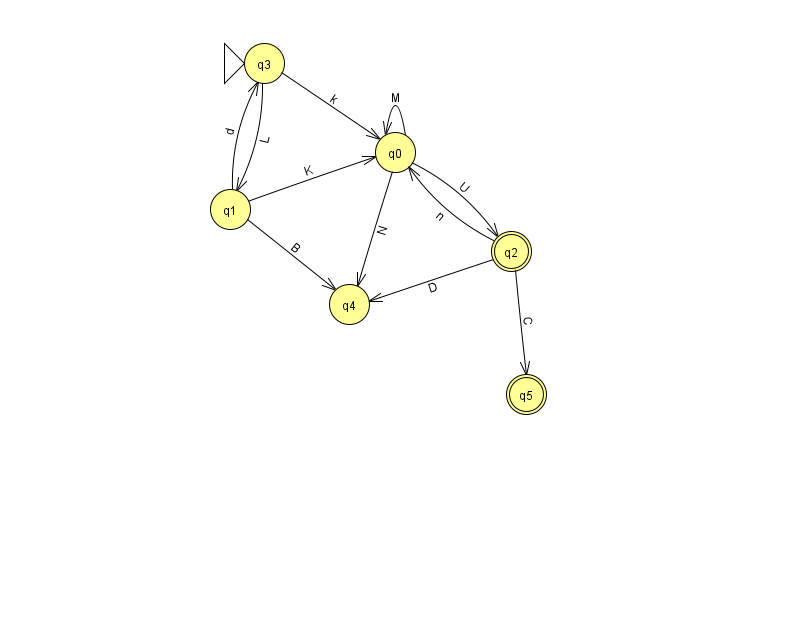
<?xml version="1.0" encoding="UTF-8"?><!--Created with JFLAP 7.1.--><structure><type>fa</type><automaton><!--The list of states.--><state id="0" name="q0"><x>395.0</x><y>139.0</y></state><state id="1" name="q1"><x>230.0</x><y>196.0</y></state><state id="2" name="q2"><x>511.0</x><y>238.0</y><final/></state><state id="3" name="q3"><x>264.0</x><y>50.0</y><initial/></state><state id="4" name="q4"><x>349.0</x><y>291.0</y></state><state id="5" name="q5"><x>526.0</x><y>381.0</y><final/></state><!--The list of transitions.--><transition><from>2</from><to>0</to><read>n</read></transition><transition><from>1</from><to>4</to><read>B</read></transition><transition><from>2</from><to>5</to><read>C</read></transition><transition><from>1</from><to>3</to><read>d</read></transition><transition><from>0</from><to>2</to><read>U</read></transition><transition><from>0</from><to>4</to><read>N</read></transition><transition><from>0</from><to>0</to><read>M</read></transition><transition><from>3</from><to>1</to><read>L</read></transition><transition><from>1</from><to>0</to><read>K</read></transition><transition><from>2</from><to>4</to><read>D</read></transition><transition><from>3</from><to>0</to><read>k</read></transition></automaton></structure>